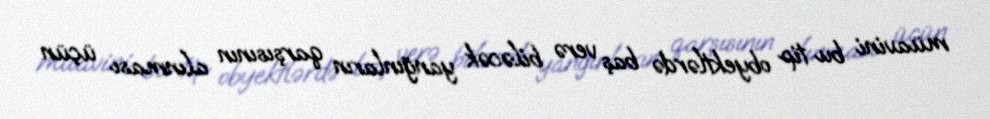
müavini bu tip obyektlərdə baş verə biləcək yanğınların qarşısının alınması üçün